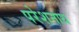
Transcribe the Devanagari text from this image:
परेशनाथ